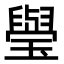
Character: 㼂